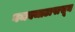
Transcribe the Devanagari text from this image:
गजबजाटापासून